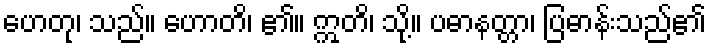
ဟေတု၊ သည်။ ဟောတိ၊ ၏။ ဣတိ၊ သို့။ ပဓာနတ္တာ၊ ပြဓာန်းသည်၏